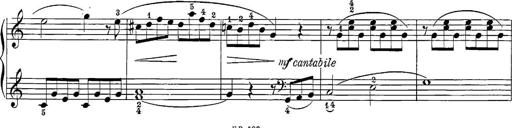
Title: 12 Sonatine per Pianoforte
Composer: Friedrich Kuhlau